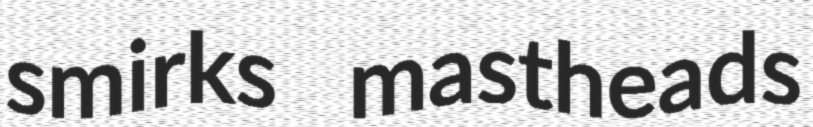
smirks mastheads